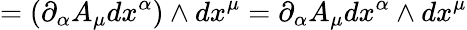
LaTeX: =(\partial_{\alpha}A_{\mu}dx^{\alpha})\wedge dx^{\mu}=\partial_{\alpha}A_{\mu}dx^{\alpha}\wedge dx^{\mu}